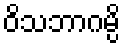
ဝိသဘာဂမ္ပိ